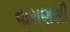
વારાણસી